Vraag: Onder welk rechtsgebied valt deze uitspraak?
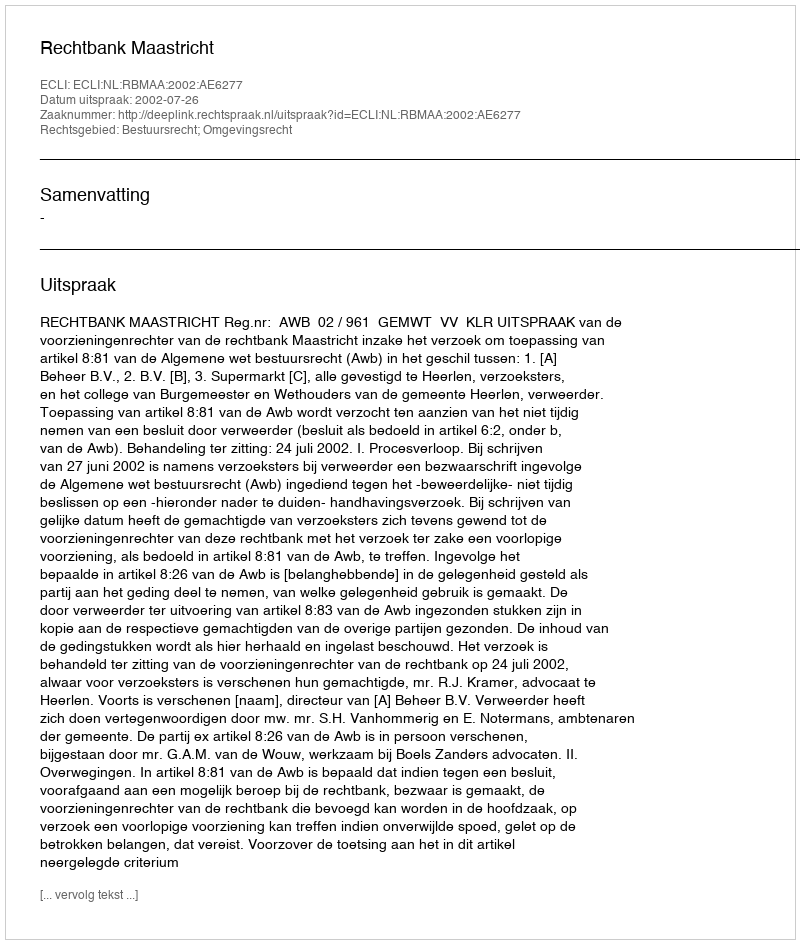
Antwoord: Bestuursrecht; Omgevingsrecht